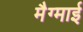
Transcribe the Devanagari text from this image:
मैग्माई